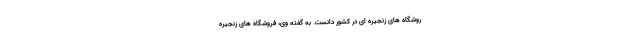
روشگاه های زنجیره ای در کشور دانست. به گفته وی، فروشگاه های زنجیره